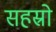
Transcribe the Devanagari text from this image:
सहस्रो